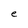
Character: e